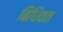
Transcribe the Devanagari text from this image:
बिधिवत